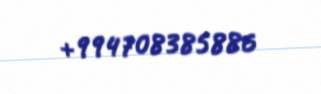
+994708385886